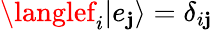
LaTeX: \langlef_{i}|e_{\mathbf{j}}\rangle=\delta_{i\mathbf{j}}